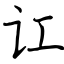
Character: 讧